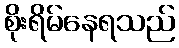
စိုးရိမ်နေရသည်